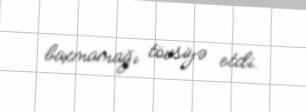
baxmamağı tövsiyə etdi.